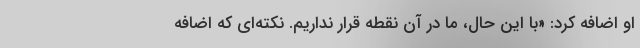
او اضافه کرد: «با این حال، ما در آن نقطه قرار نداریم. نکته‌ای که اضافه